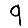
Digit: 9